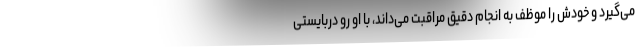
می‌گیرد و خودش را موظف به انجام دقیق مراقبت می‌داند، با او رو دربایستی